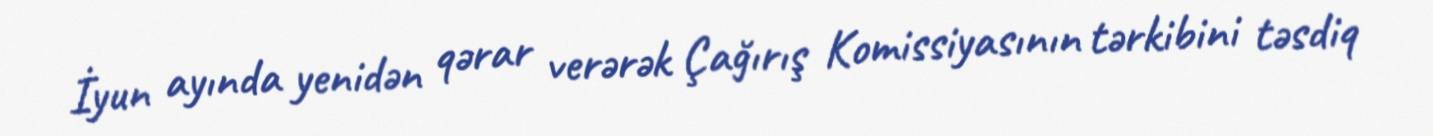
İyun ayında yenidən qərar verərək Çağırış Komissiyasının tərkibini təsdiq